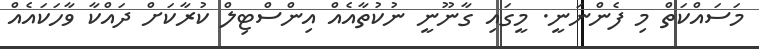
މަސައްކަތް މި ފެންނަނީ. މީގައި ގާނޫނީ ނުކުތާއެއް އިންސްޓިލް ކުރާކަށް ދައްކާ ވާހަކައެއް